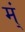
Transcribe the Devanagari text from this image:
म्ं